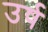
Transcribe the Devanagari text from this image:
उर्ष